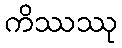
ကိဿဿု